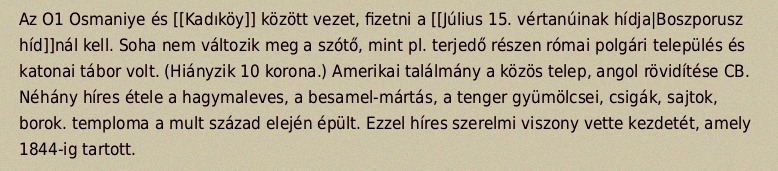
Az O1 Osmaniye és [[Kadıköy]] között vezet, fizetni a [[Július 15. vértanúinak hídja|Boszporusz híd]]nál kell. Soha nem változik meg a szótő, mint pl. terjedő részen római polgári település és katonai tábor volt. (Hiányzik 10 korona.) Amerikai találmány a közös telep, angol rövidítése CB. Néhány híres étele a hagymaleves, a besamel-mártás, a tenger gyümölcsei, csigák, sajtok, borok. temploma a mult század elején épült. Ezzel híres szerelmi viszony vette kezdetét, amely 1844-ig tartott.